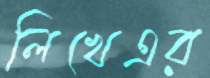
লিখেএর